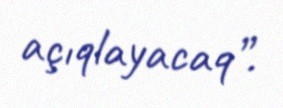
açıqlayacaq”.